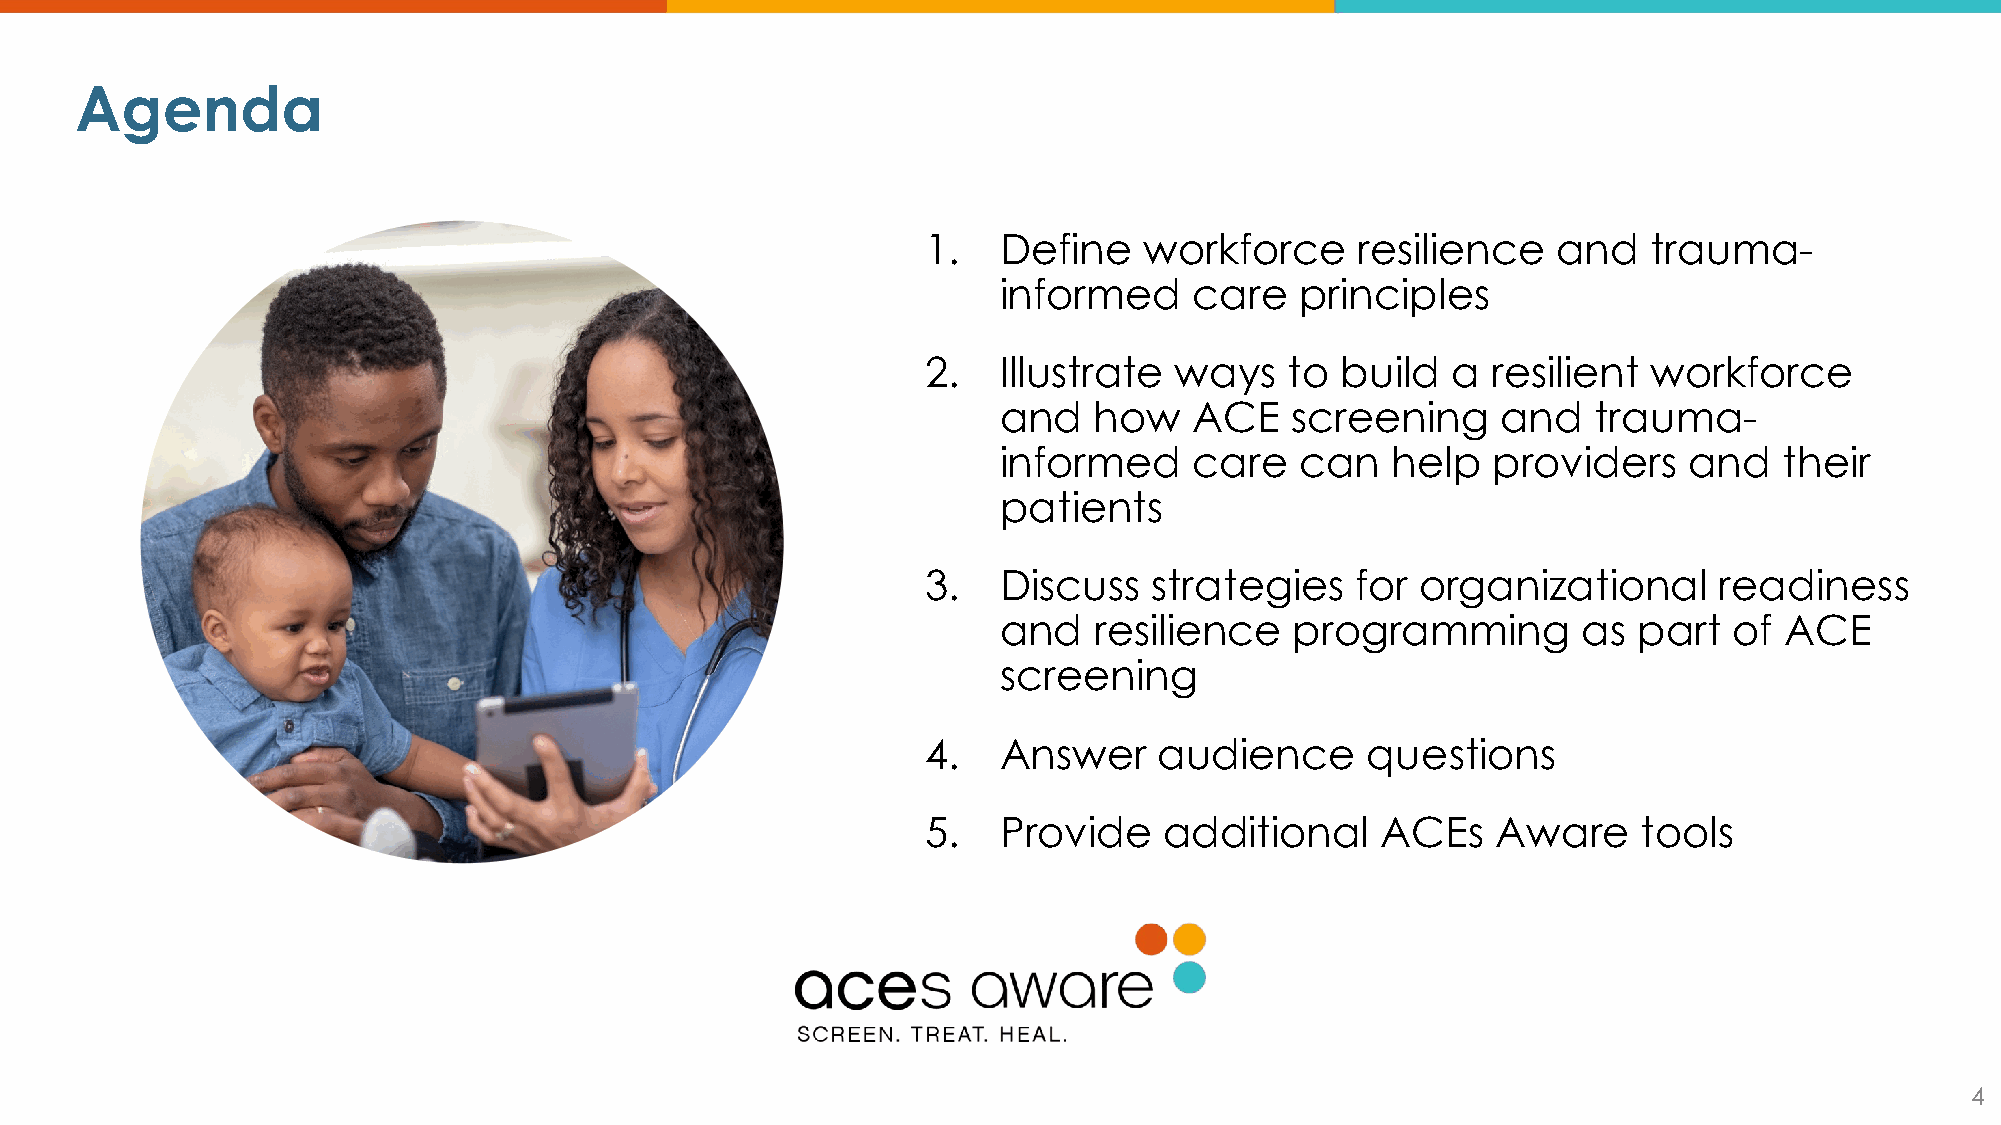
Agenda
 1.   Define    workforce     resilience   and   trauma-
 informed     care   principles
 2.   Illustrate  ways   to  build  a  resilient workforce
 and   how    ACE   screening     and    trauma-
 informed     care   can   help   providers    and   their
 patients
 3.   Discuss   strategies    for organizational      readiness
 and   resilience    programming        as part   of ACE
 screening
 4.   Answer     audience     questions
 5.   Provide    additional    ACEs    Aware     tools
 4